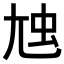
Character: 𡯥